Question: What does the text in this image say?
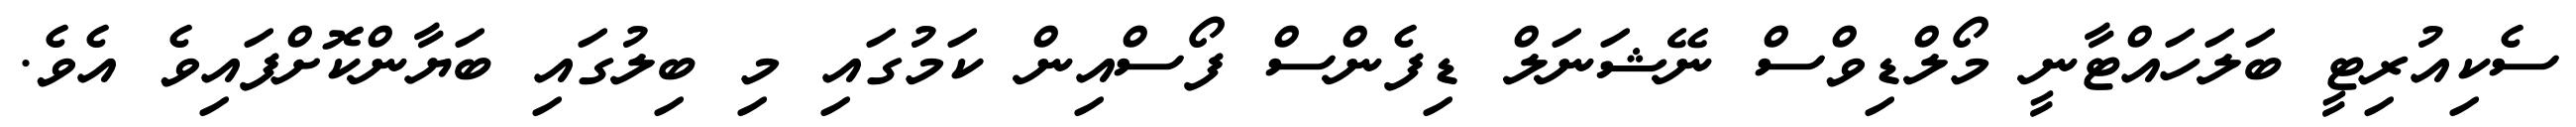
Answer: ސެކިއުރިޓީ ބަލަހައްޓާނީ މޯލްޑިވްސް ނޭޝަނަލް ޑިފެންސް ފޯސްއިން ކަމުގައި މި ބިލުގައި ބަޔާންކޮށްފައިވެ އެވެ.